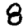
Digit: 8